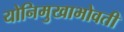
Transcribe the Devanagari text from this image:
योनिमुखाभोवती